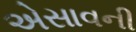
એસાવની